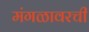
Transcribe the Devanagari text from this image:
मंगळावरची